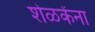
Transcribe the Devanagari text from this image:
शेळकेंना